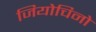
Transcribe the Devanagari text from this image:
जियोचिनो